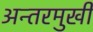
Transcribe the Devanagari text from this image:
अन्तरमुखी